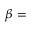
\beta =